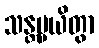
သန္တပ္ပယိတွာ